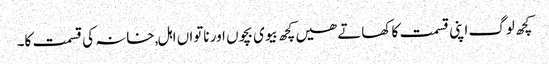
کچھ لوگ اپنی قسمت کا کھاتے ھیں کچھ بیوی بچوں اور ناتواں اہل,خانہ کی قسمت کا۔